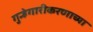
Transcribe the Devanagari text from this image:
गुन्हेगारीकरणाच्या